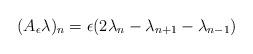
LaTeX: \begin{align*}(A_\epsilon\lambda)_n = \epsilon(2\lambda_n-\lambda_{n+1}-\lambda_{n-1})\end{align*}